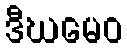
ဒီဃမေဝ